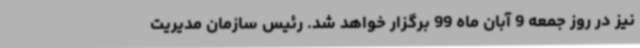
نیز در روز جمعه 9 آبان ماه 99 برگزار خواهد شد. رئیس سازمان مدیریت